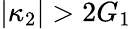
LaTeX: |\kappa_{2}|>2G_{1}